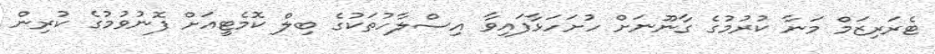
ޓެރަރިޒަމް މަނާ ކުރުމުގެ ގާނޫނަށް ހުށަހަޅާފައިވާ އިސްލާހުތަކުގެ ބިލް ކޮމެޓީއަށް ފޮނުވުމުގެ ކުރިން